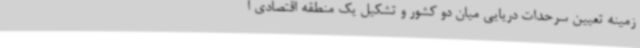
زمینه تعیین سرحدات دریایی میان دو کشور و تشکیل یک منطقه اقتصادی ا